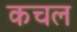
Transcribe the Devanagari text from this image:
कचल